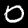
Digit: 0